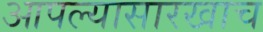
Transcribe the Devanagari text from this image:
आपल्यासारखाच